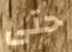
حتى